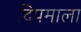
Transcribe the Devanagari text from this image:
दिपमाला